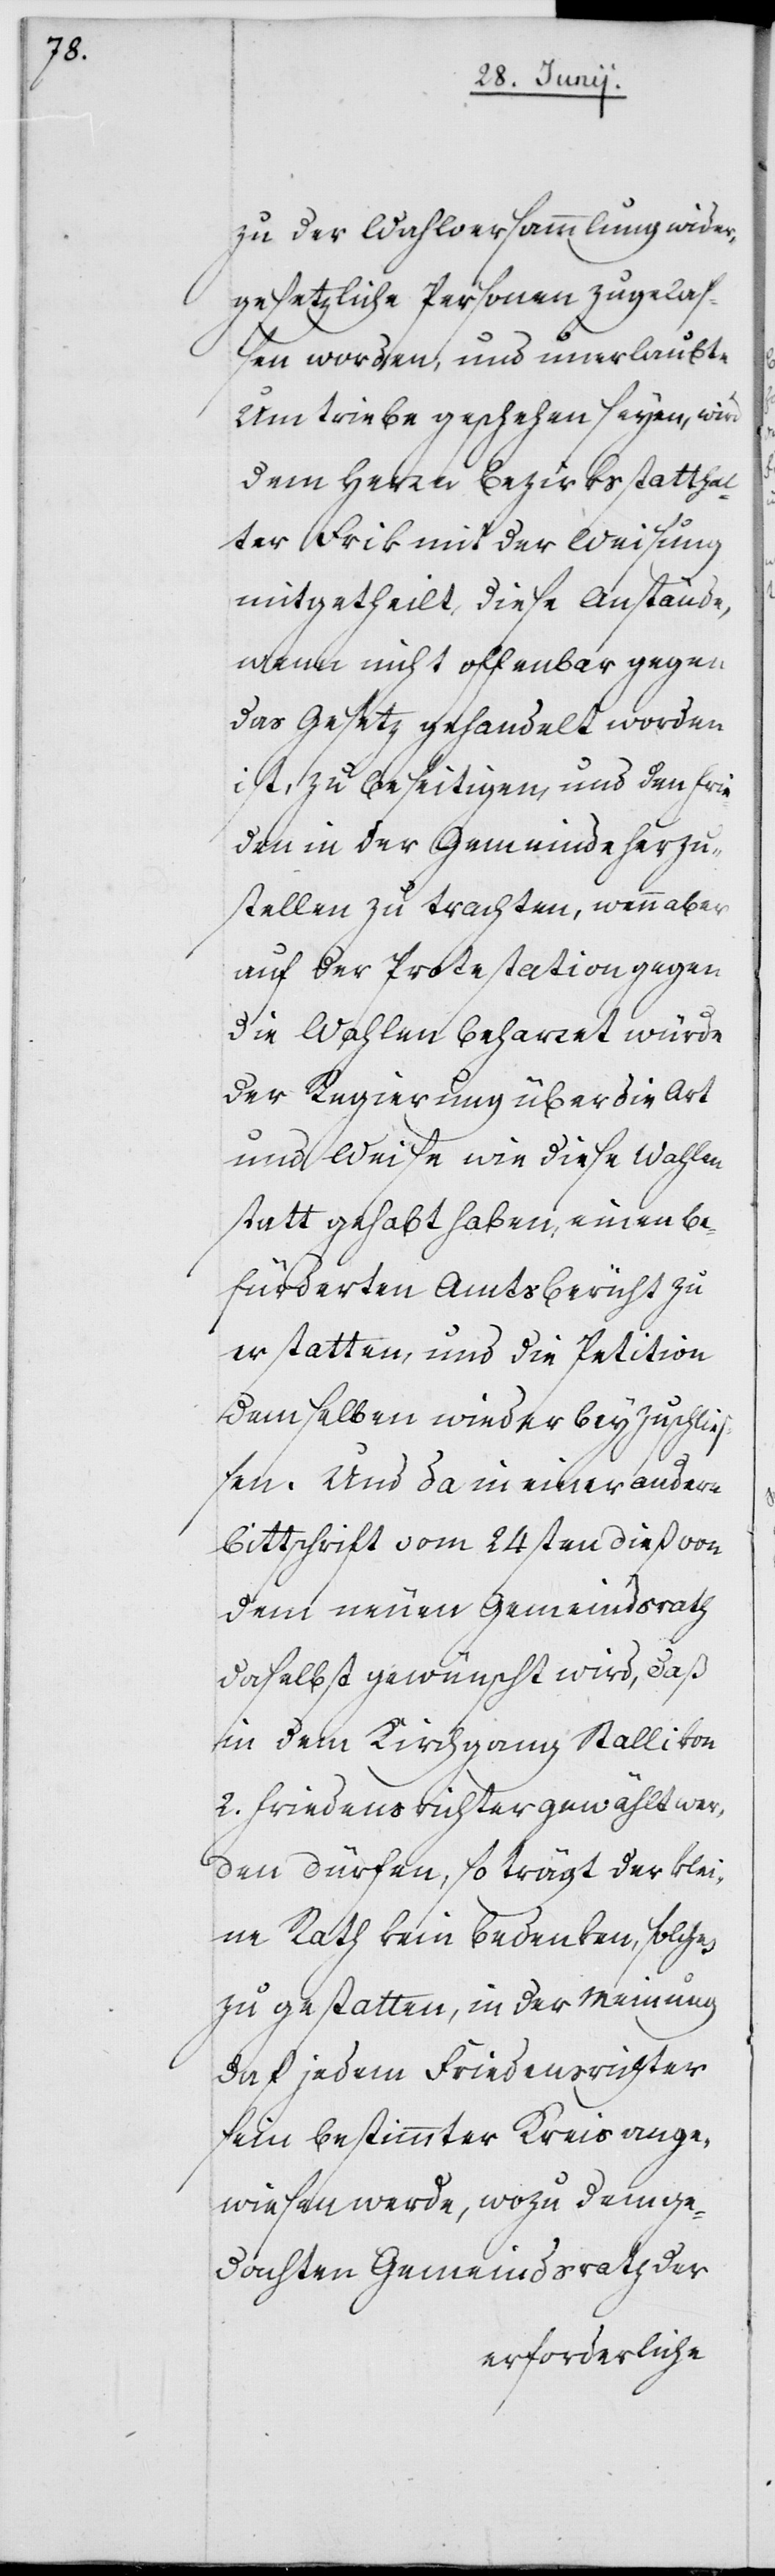
zu der Wahlversammlung wider¬
gesetzliche Personen zugelaß¬
en worden, und unerlaubte
Umtriebe geschehen seyen, wird
dem Herrn Bezirksstatthal¬
ter Frik mit der Weisung
mitgetheilt, diese Anstände,
wenn nicht offenbar gegen
das Gesetz gehandelt worden
ist, zu beseitigen, und den Frie¬
den in der Gemeinde herzu¬
stellen zu trachten, wenn aber
auf der Protestation gegen
die Wahlen beharret würde
der Regierung über die Art
und Weise wie diese Wahlen
statt gehabt haben, einen be¬
fürderten Amtsbericht zu
erstatten, und die Petition
demselben wieder beyzuschlie¬
ßen. Und da in einer andern
Bittschrift vom 24sten dieß von
dem neuen Gemeindsrath
daselbst gewünscht wird, daß
in dem Kirchgang Stallikon
2. Friedensrichter gewählt wer¬
den dürfen, so trägt der Klei¬
ne Rath kein Bedenken, solches
zu gestatten, in der Meinung,
daß jedem Friedensrichter
sein bestimmter Kreis ange¬
wiesen werde, wozu dem ge¬
dachten Gemeindsrath der